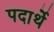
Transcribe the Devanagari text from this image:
पदार्थे